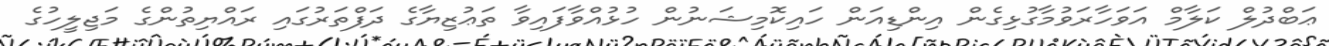
ޢަބްދުލް ކަލާމް އަވަހާރަވުމާގުޅިގެން އިންޑިއަން ހައިކޮމިޝަނުން ހުޅުއްވާފައިވާ ތަޢުޒިޔާގެ ދަފްތަރުގައި ރައްޔިތުންގެ މަޖިލީހުގެ